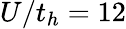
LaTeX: U/t_{h}=12